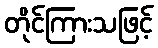
တိုင်ကြားသဖြင့်